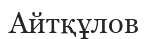
Айтқұлов